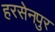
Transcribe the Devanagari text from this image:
हरसेनपुर